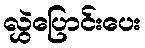
လွှဲပြောင်းပေး